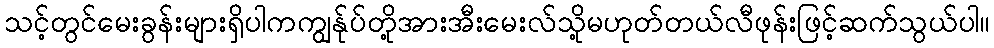
သင့်တွင်မေးခွန်းများရှိပါကကျွန်ုပ်တို့အားအီးမေးလ်သို့မဟုတ်တယ်လီဖုန်းဖြင့်ဆက်သွယ်ပါ။